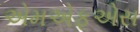
એમએફએસ